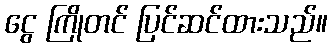
ငွေ ကြိုတင် ပြင်ဆင်ထားသည်။